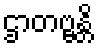
ဌာတဗ္ဗန္တိ